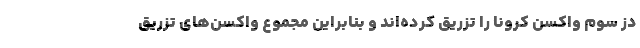
دُز سوم واکسن کرونا را تزریق کرده‌اند و بنابراین مجموع واکسن‌های تزریق